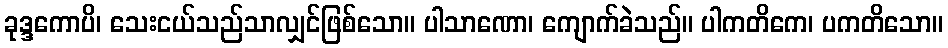
ခုဒ္ဒကောပိ၊ သေးငယ်သည်သာလျှင်ဖြစ်သော။ ပါသာဏော၊ ကျောက်ခဲသည်။ ပါကတိကေ၊ ပကတိသော။